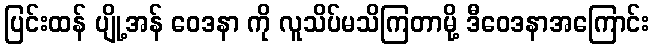
ပြင်းထန် ပျို့အန် ဝေဒနာ ကို လူသိပ်မသိကြတာမို့ ဒီဝေဒနာအကြောင်း